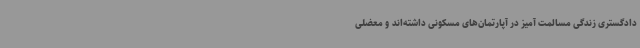
دادگستری زندگی مسالمت آمیز در آپارتمان‌های مسکونی داشته‌اند و معضلی